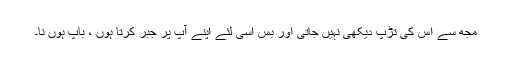
مجھ سے اِس کی تڑپ دیکھی نہیں جاتی اور بس اِسی لئے اپنے آپ پر جبر کرتا ہوں ، باپ ہوں نا۔